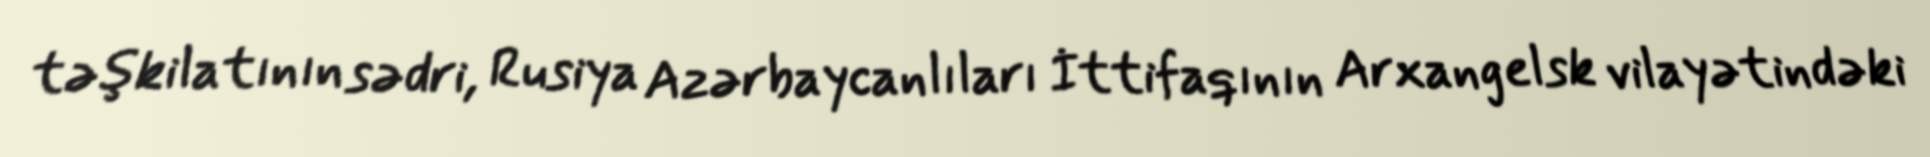
təşkilatının sədri, Rusiya Azərbaycanlıları İttifaqının Arxangelsk vilayətindəki